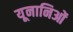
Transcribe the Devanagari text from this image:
यूनानिओं